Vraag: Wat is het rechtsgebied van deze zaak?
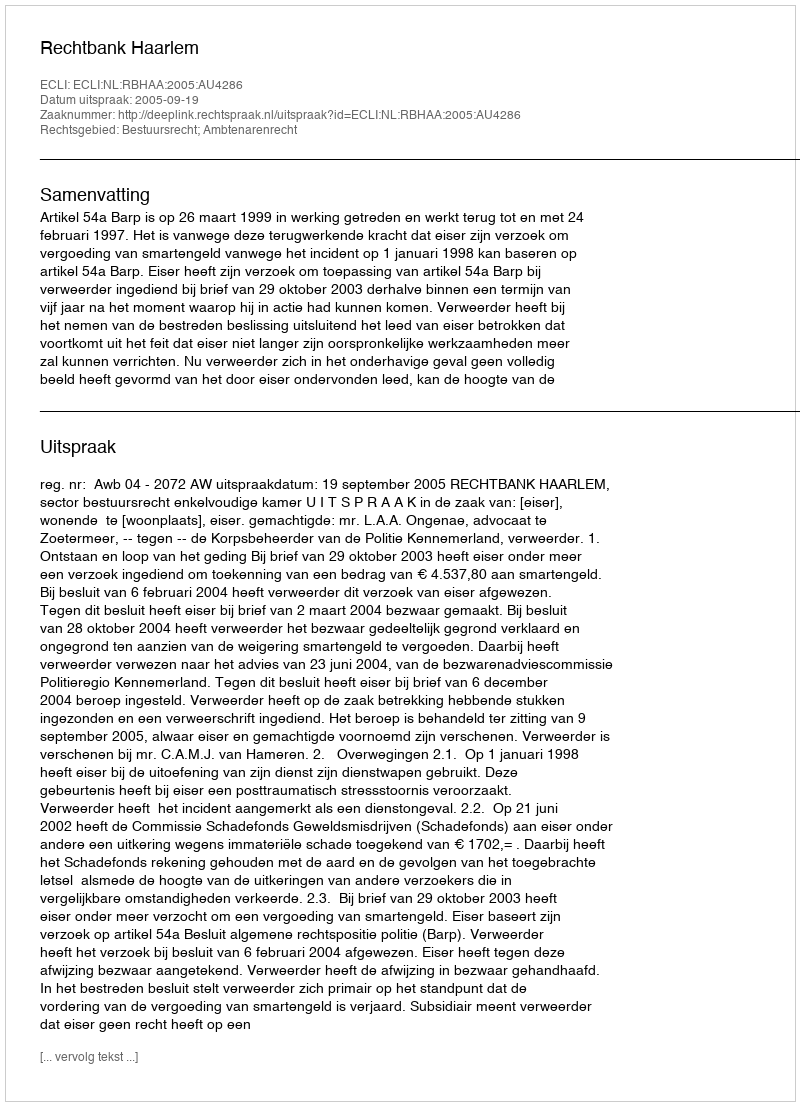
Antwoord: Bestuursrecht; Ambtenarenrecht